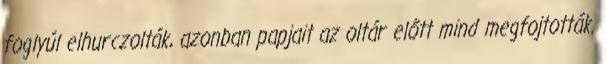
foglyúl elhurczolták, azonban papjait az oltár előtt mind megfojtották.